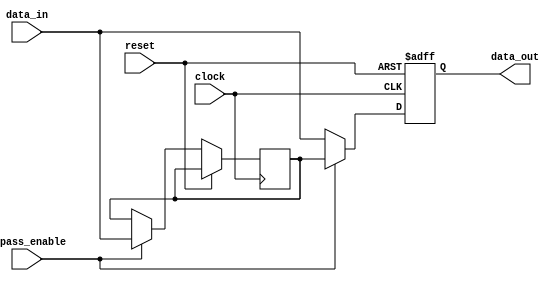
module Fallback_Bypass_Register (
    input wire clock, 
    input wire reset, 
    input wire bypass_enable, 
    input wire data_in, 
    output reg data_out
);

reg bypassed_data;

always @(posedge clock or posedge reset) begin
    if (reset) begin
        data_out <= 1'b0;
    end else begin
        if (bypass_enable) begin
            bypassed_data <= data_in;
            data_out <= bypassed_data;
        end else begin
            data_out <= data_in;
        end
    end
end

endmodule